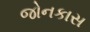
જોનકાસ